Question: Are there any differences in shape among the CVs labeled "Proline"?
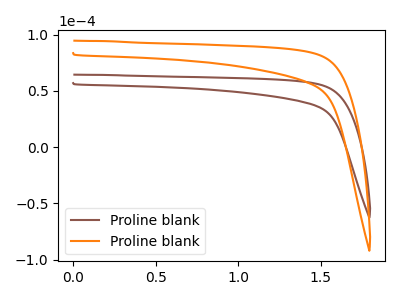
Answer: <think>The brown curve "Proline blank1" has no peaks. The orange curve "Proline blank2" has no peaks.
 Neither "Proline blank1" or "Proline blank2" have any peaks.</think>
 <answer>All the CV's of "Proline" have similar shape.</answer>
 <eval>follow_rule</eval>